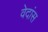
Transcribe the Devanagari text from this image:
वेदांस